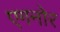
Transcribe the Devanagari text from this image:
एगनोर